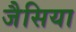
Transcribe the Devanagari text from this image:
जैसिया